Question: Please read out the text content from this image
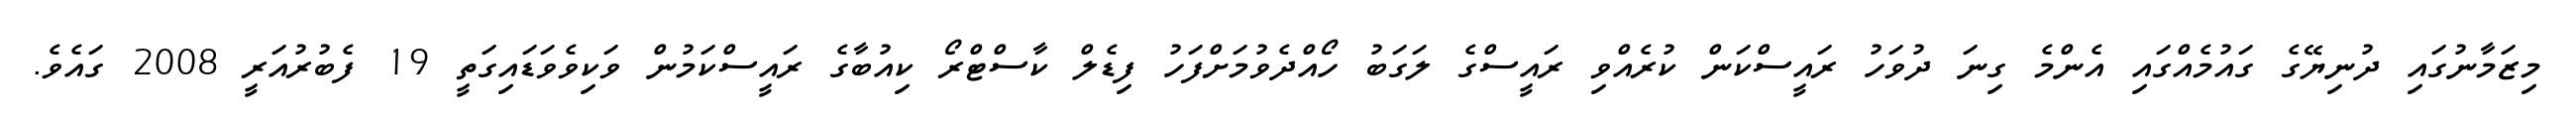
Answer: މިޒަމާނުގައި ދުނިޔޭގެ ގައުމެއްގައި އެންމެ ގިނަ ދުވަހު ރައީސްކަން ކުރެއްވި ރައީސްގެ ލަގަބު ހޯއްދެވުމަށްފަހު ފިޑެލް ކާސްޓްރޯ ކިއުބާގެ ރައީސްކަމުން ވަކިވެވަޑައިގަތީ 19 ފެބުރުއަރީ 2008 ގައެވެ.